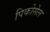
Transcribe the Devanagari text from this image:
पिकोसेल